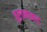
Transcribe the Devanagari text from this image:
बुरहनाबाद